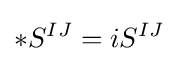
*S^{IJ}=iS^{IJ}